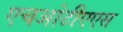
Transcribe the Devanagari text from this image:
एचओटीएएस